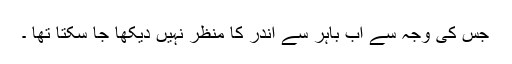
جس کی وجہ سے اب باہر سے اندر کا منظر نہیں دیکھا جا سکتا تھا ۔